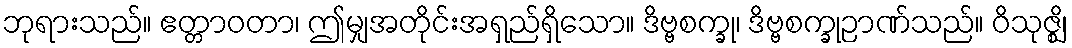
ဘုရားသည်။ ဧတ္တာဝတာ၊ ဤမျှအတိုင်းအရှည်ရှိသော။ ဒိဗ္ဗစက္ခု၊ ဒိဗ္ဗစက္ခုဉာဏ်သည်။ ဝိသုဇ္ဈိ၊